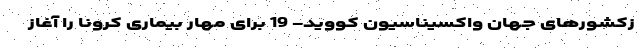
زکشورهای جهان واکسیناسیون کووید- 19 برای مهار بیماری کرونا را آغاز